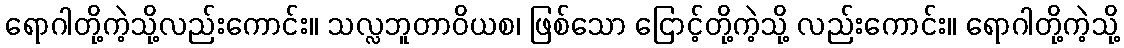
ရောဂါတို့ကဲ့သို့လည်းကောင်း။ သလ္လဘူတာဝိယစ၊ ဖြစ်သော ငြောင့်တို့ကဲ့သို့ လည်းကောင်း။ ရောဂါတို့ကဲ့သို့